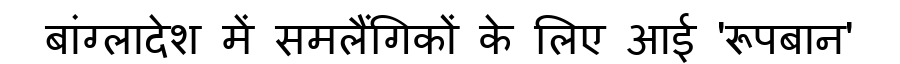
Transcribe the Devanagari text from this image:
बांग्लादेश में समलैंगिकों के लिए आई 'रूपबान'